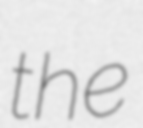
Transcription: the